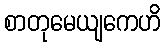
စာတုမေယျကေဟိ